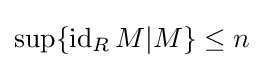
\sup\{\operatorname {id} _{R}M|M\}\leq n